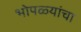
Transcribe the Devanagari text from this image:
भोपळ्यांचा